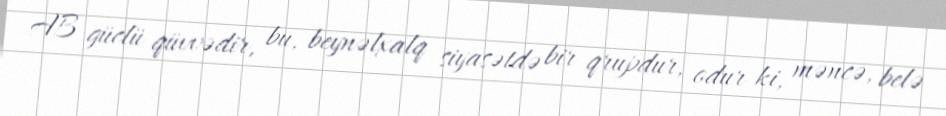
AB güclü qüvvədir, bu, beynəlxalq siyasətdə bir qrupdur, odur ki, məncə, belə